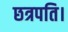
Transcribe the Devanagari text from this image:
छत्रपति।